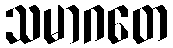
သမာဂတေ